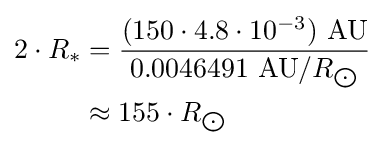
{\begin{aligned}2\cdot R_{*}&={\frac {(150\cdot 4.8\cdot 10^{-3})\ {\text{AU}}}{0.0046491\ {\text{AU}}/R_{\bigodot }}}\\&\approx 155\cdot R_{\bigodot }\end{aligned}}